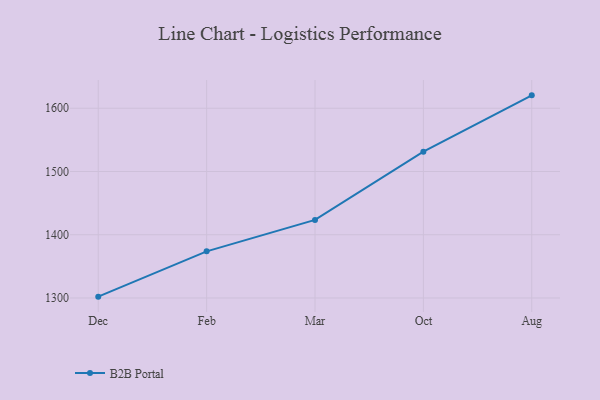
{"axis": {"x": "Month", "y": "Latency (ms)"}, "legend": ["B2B Portal"], "data": [{"x": "Dec", "y": 1302.1, "type": "B2B Portal"}, {"x": "Feb", "y": 1373.7, "type": "B2B Portal"}, {"x": "Mar", "y": 1423.4, "type": "B2B Portal"}, {"x": "Oct", "y": 1531.4, "type": "B2B Portal"}, {"x": "Aug", "y": 1620.4, "type": "B2B Portal"}]}